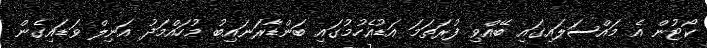
ކޯޓުން އެ މައްސަލައިގައި ބޭއްވި ފުރަތަމަ އަޑުއެހުމުގައި ބަންޑާރަނައިބު މުހައްމަދު އަނިލް ވަޑައިގެން